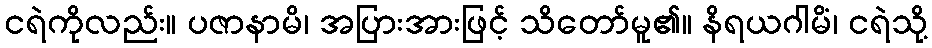
ငရဲကိုလည်း။ ပဇာနာမိ၊ အပြားအားဖြင့် သိတော်မူ၏။ နိရယဂါမိံ၊ ငရဲသို့